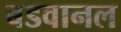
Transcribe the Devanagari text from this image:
बडवानल